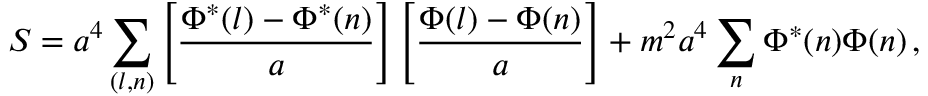
S = a ^ { 4 } \sum _ { ( l , n ) } \left[ \frac { \Phi ^ { * } ( l ) - \Phi ^ { * } ( n ) } { a } \right] \left[ \frac { \Phi ( l ) - \Phi ( n ) } { a } \right] + m ^ { 2 } a ^ { 4 } \sum _ { n } \Phi ^ { * } ( n ) \Phi ( n ) \, ,